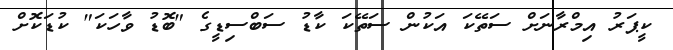
ކީޕަރު އިމްރާނަށް ސަތޭކަ އަކުން ސަތޭކަ ކާޑު ސަބްސިޑީގެ "ބޮޑު ވާހަކަ" ކުޑަކޮށް